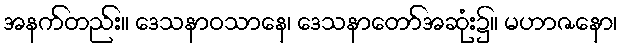
အနက်တည်း။ ဒေသနာဝသာနေ၊ ဒေသနာတော်အဆုံး၌။ မဟာဇနော၊